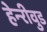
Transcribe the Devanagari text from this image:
हेन्‍रीवुड